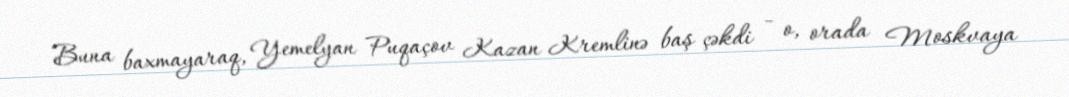
Buna baxmayaraq, Yemelyan Puqaçov Kazan Kremlinə baş çəkdi - o, orada Moskvaya